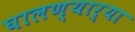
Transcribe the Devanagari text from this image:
घालण्यार्‍या